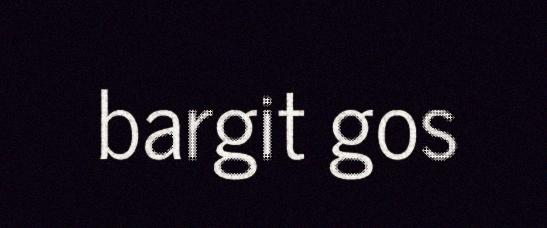
bargit gos